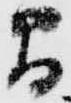
間